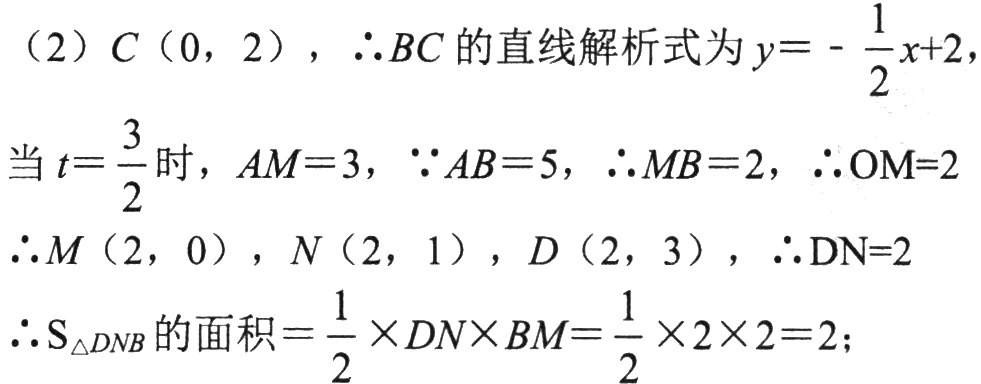
(2) \(C(0,2)\)，\(\therefore BC\) 的直线解析式为 \(y =-\dfrac{1}{2}x + 2\)，
当 \(t=\dfrac{3}{2}\) 时，\(AM = 3\)，\(\because AB = 5\)，\(\therefore MB = 2\)，\(\therefore OM = 2\)
\(\therefore M(2,0)\)，\(N(2,1)\)，\(D(2,3)\)，\(\therefore DN = 2\)
\(\therefore S_{\triangle DNB}\)的面积\(=\dfrac{1}{2}\times DN\times BM=\dfrac{1}{2}\times2\times 2 = 2\)；